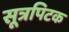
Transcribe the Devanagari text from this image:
सूत्रपिटक